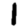
Digit: 1